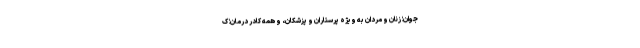
جوان؛ زنان و مردان به ویژه پرستاران و پزشکان، و همه کادر درمان؛ ک